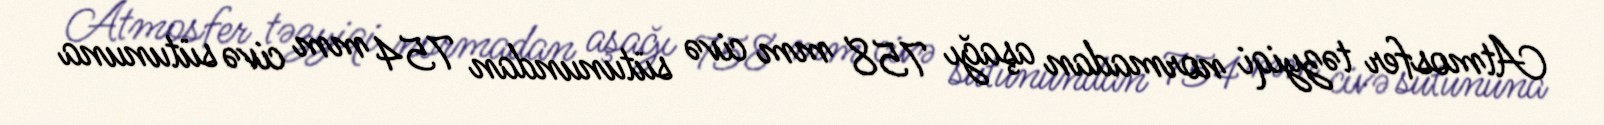
Atmosfer təzyiqi normadan aşağı 758 mm civə sütunundan 754 mm civə sütununa